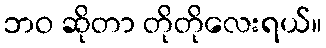
ဘဝ ဆိုတာ တိုတိုလေးရယ်။